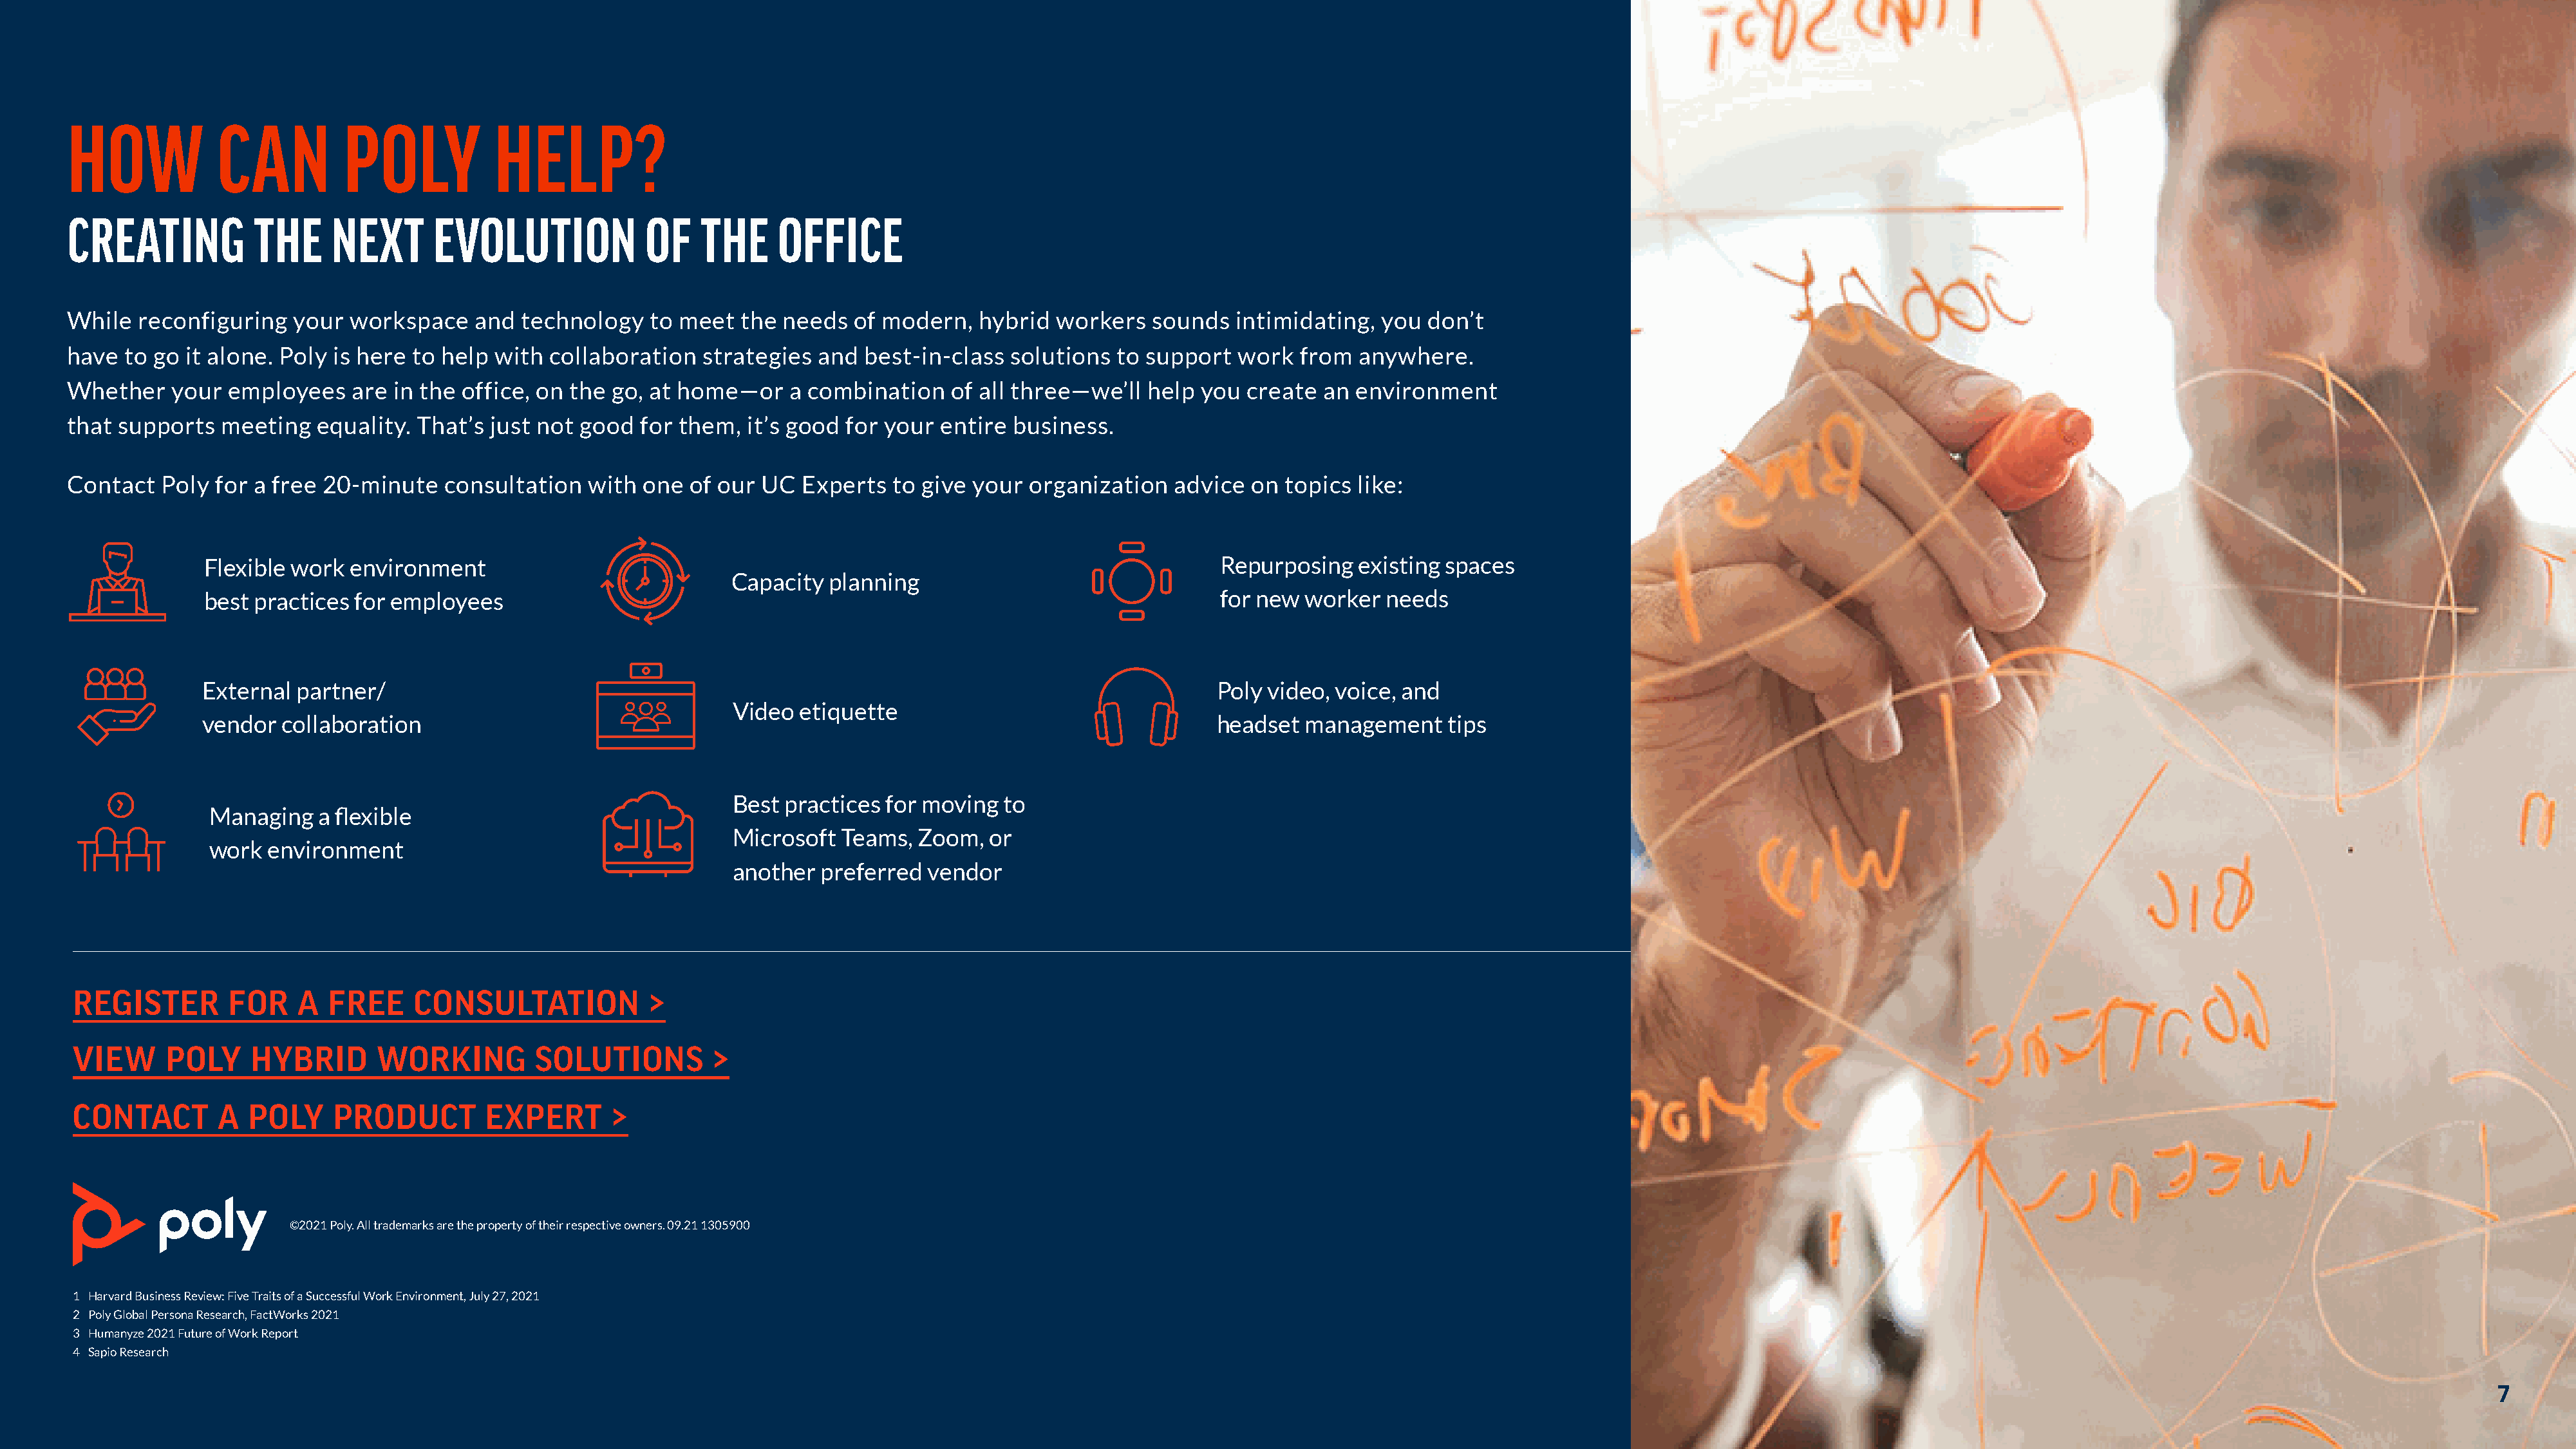
HOW            CAN          POLY            HELP?
 CREATING           THE     NEXT       EVOLUTION            OF    THE     OFFICE
 While  reconfiguring   your  workspace    and  technology   to meet  the  needs  of modern,   hybrid  workers  sounds   intimidating,  you  don’t
 have  to go it alone. Poly is here to help  with  collaboration  strategies  and  best-in-class  solutions  to support  work   from  anywhere.
 Whether    your employees    are in the office, on  the go, at home—or    a combination    of all three—we’ll  help you  create  an environment
 that supports   meeting   equality. That’s just not  good  for them,  it’s good for your  entire business.
 Contact   Poly for a free 20-minute    consultation   with one  of our UC  Experts   to give your  organization   advice  on topics  like:
 Flexible work  environment                                                                              Repurposing    existing spaces
 Capacity  planning
 best practices for employees                                                                            for new  worker  needs
 External partner/                                                                                       Poly video, voice, and
 Video  etiquette
 vendor  collaboration                                                                                   headset  management     tips
 Best  practices for moving  to
 Managing    a flexible
 Microsoft  Teams,  Zoom,   or
 work   environment
 another  preferred  vendor
 REGISTER        FOR     A  FREE     CONSULTATION            >
 VIEW      POLY     HYBRID       WORKING         SOLUTIONS         >
 CONTACT        A  POLY     PRODUCT         EXPERT       >
 ©2021 Poly. All trademarks are the property of their respective owners. 09.21 1305900
 1 Harvard Business Review: Five Traits of a Successful Work Environment, July 27, 2021
 2 Poly Global Persona Research, FactWorks 2021
 3 Humanyze 2021 Future of Work Report
 4 Sapio Research
 7